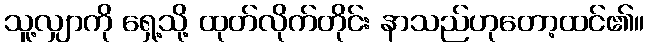
သူ့လျှာကို ရှေ့သို့ ထုတ်လိုက်တိုင်း နာသည်ဟုတော့ထင်၏။